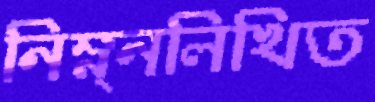
নিম্ন্নলিখিত